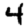
Digit: 4